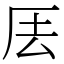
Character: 𠩂